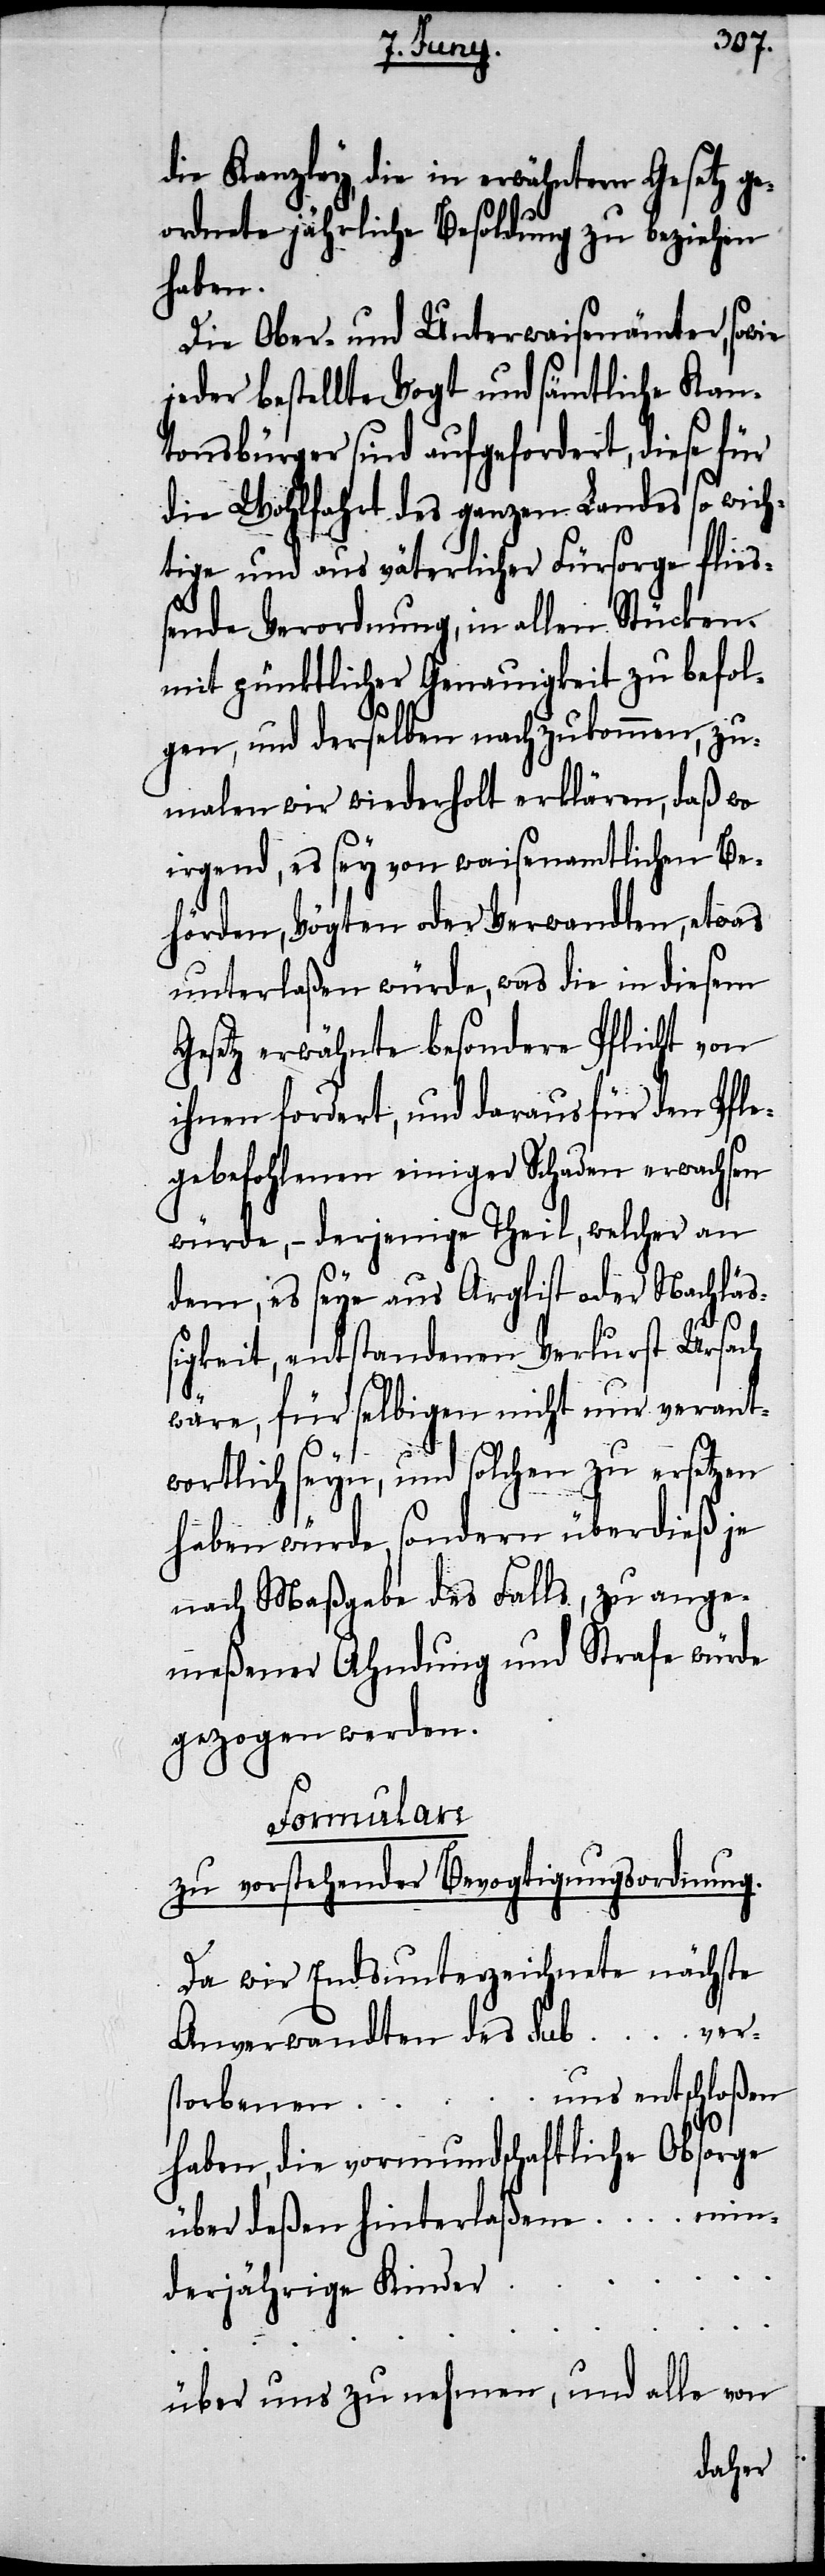
die Kanzley, die in erwähntem Gesetz ge¬
ordnete jährliche Besoldung zu beziehen
haben.
Die Ober- und Unterwaisenämter, sowie
jeder bestellte Vogt und sämtliche Kan¬
tonsbürger sind aufgefordert, diese für
die Wohlfahrt des ganzen Landes so wich¬
tige und aus väterlicher Fürsorge flie¬
ßende Verordnung, in allen Stücken
mit pünktlicher Genauigkeit zu befol¬
gen, und derselben nachzukommen, zu¬
malen wir wiederholt erklären, daß wo
irgend, es sey von waisenamtlichen Be¬
hörden, Vögten oder Verwandten, etwas
unterlaßen würde, was die in diesem
Gesetz erwähnte besondere Pflicht von
ihnen fordert, und daraus für den Pfle¬
gebefohlenen einiger Schaden erwachsen
würde, – derjenige Theil, welcher an
dem, es seye aus Arglist oder Nachläß¬
igkeit, entstandenen Verlurst Ursach
wäre, für selbigen nicht nur verant¬
wortlich seyn, und solchen zu ersetzen
haben würde, sondern überdieß je
nach Maßgabe des Falls, zu ange¬
meßener Ahndung und Strafe würde
gezogen werden.
Formulare
zu vorstehender Bevogtigungsordnung.
Da wir Endsunterzeichnete nächste
Anverwandten des sub … ver¬
storbenen … uns entschloßen
haben, die vormundschaftliche Obsorge
über deßen hinterlaßene … min¬
derjährige Kinder …
über uns zu nehmen, und alle von